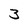
Character: 3